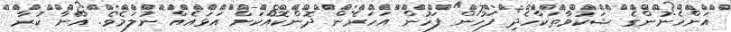
އަންހެނުންގެ ޝަކުވާތަކާހެދި ފަހުން ފަހުން އަހަރެން ދޮންކޮއަކަށް އަޅައެއް ނުލަމެވެ. އޭނާ ކުރާ